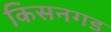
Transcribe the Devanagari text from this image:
किसनगड